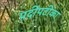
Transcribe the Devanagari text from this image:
प्रदीपटीका